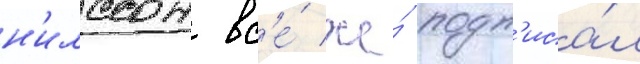
н'илссон вс'е́ же́ подп'иса́л